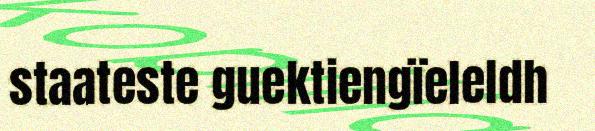
staateste guektiengïeleldh